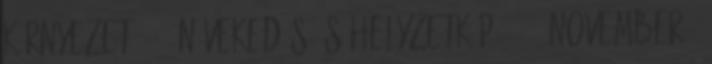
KÖRNYEZET 5 2. NÖVEKEDÉS ÉS Helyzetkép 2013. november -